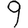
Digit: 9